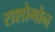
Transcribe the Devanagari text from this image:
राशोमोन